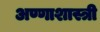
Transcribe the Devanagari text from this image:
अण्णाशास्त्री